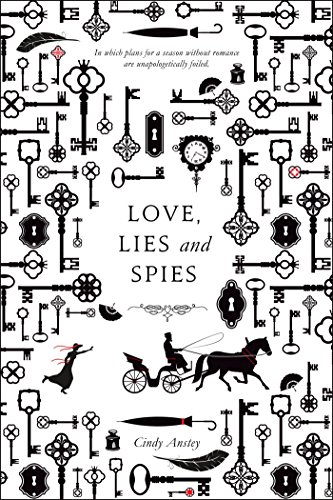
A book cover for Love, Lies and Spies; Cindy Anstey; Teen & Young Adult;